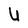
Character: U